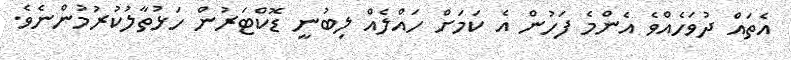
އެތައް ދުވަހެއްވެ އެންމެ ފަހުން އެ ކަމަށް ހައްލެއް ލިބުނީ ޑޮކްޓަރުން ހަޅުތާލުކުރުމުންނެވެ.